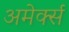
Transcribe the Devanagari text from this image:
अमेर्क्स